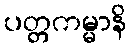
ပတ္တကမ္မာနိ